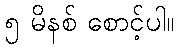
၅ မိနစ် စောင့်ပါ။